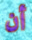
أن